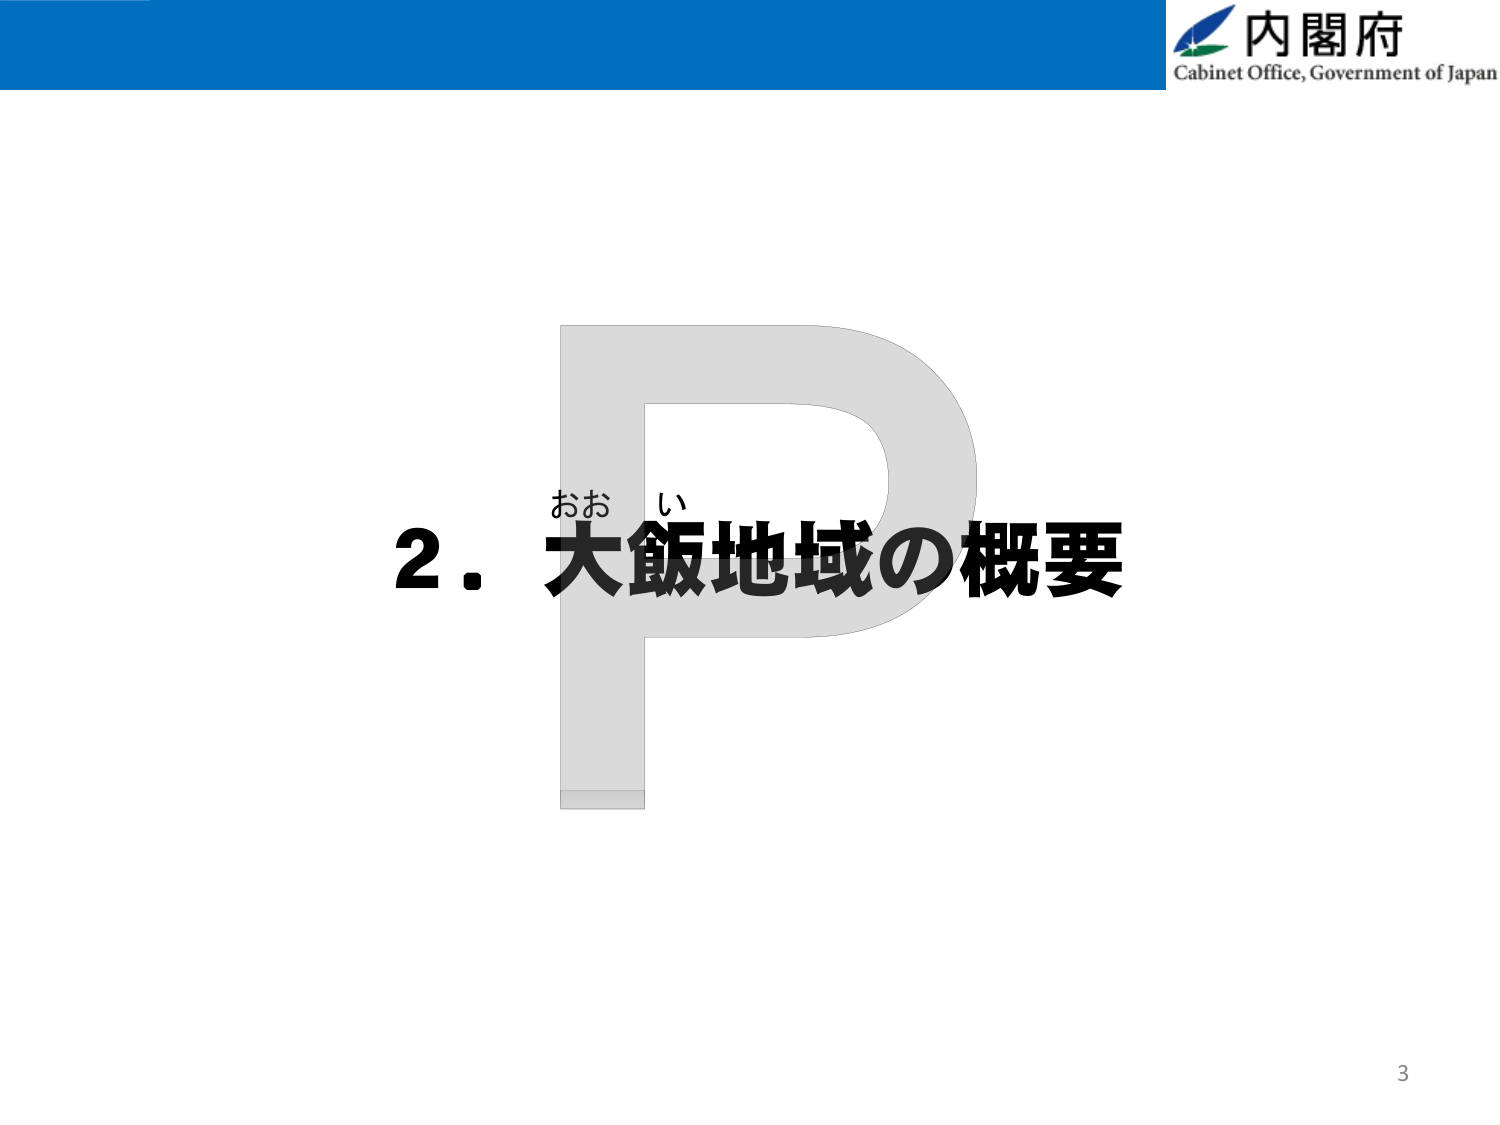
内閣府
Cabinet Office, Government of Japan
2．大飯地域の概要
おお い
3